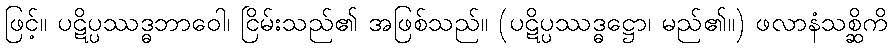
ဖြင့်။ ပဋိပ္ပဿဒ္ဓဘာဝေါ၊ ငြိမ်းသည်၏ အဖြစ်သည်။ (ပဋိပ္ပဿဒ္ဓဋ္ဌော၊ မည်၏။) ဖလာနံသစ္ဆိကိ